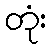
တုံး